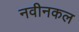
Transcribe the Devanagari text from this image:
नवीनकल